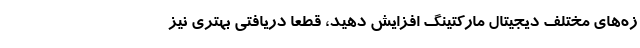
زه‌های مختلف دیجیتال مارکتینگ افزایش دهید، قطعاً دریافتی بهتری نیز